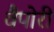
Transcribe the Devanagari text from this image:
वैपोरी